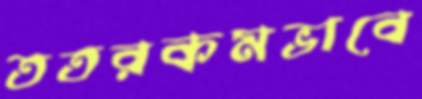
ততরকমভাবে